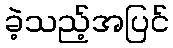
ခဲ့သည့်အပြင်